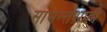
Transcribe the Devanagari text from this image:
सामन्‍तशाही